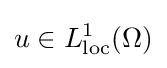
u\in L_{\mathrm {loc} }^{1}(\Omega )